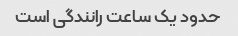
حدود یک ساعت رانندگی است